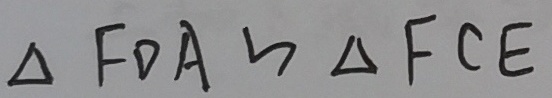
\Delta F D A \sim \Delta F C E